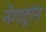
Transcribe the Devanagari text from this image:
नेगाट्रॉन